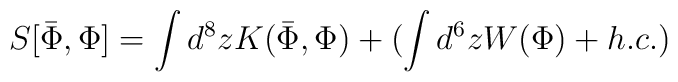
S[\bar{\Phi},\Phi]=\int d^8 z K(\bar{\Phi},\Phi)+(\int d^6 z W(\Phi)+h.c.)